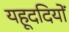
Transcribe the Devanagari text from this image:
यहूददियों